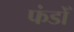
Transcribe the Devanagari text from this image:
फंडोँ